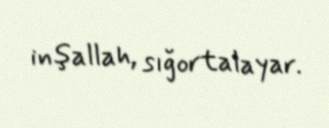
inşallah, sığortalayar.